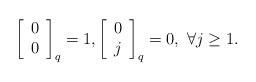
LaTeX: \begin{align*}\left[ {\begin{array}{*{20}c} 0 \\ 0 \\\end{array}} \right]_q&=1,\left[{\begin{array}{*{20}c} 0 \\ j \\\end{array}} \right]_q=0, \,\,\forall j\ge1.\end{align*}